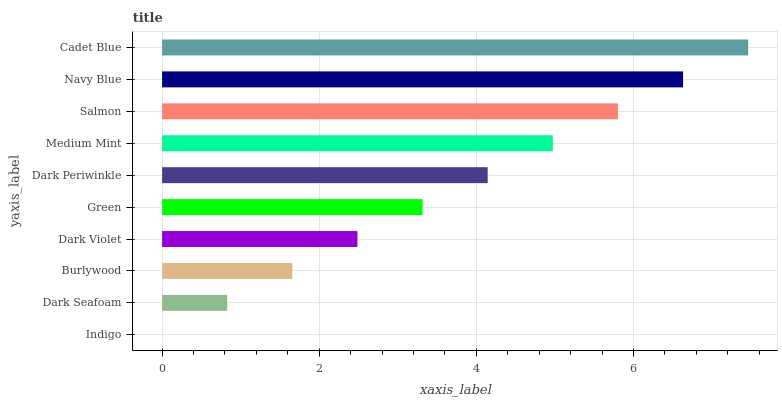
| yaxis_label | bars |
 | --- | --- |
 | Indigo | 0 |
 | Dark Seafoam | 0.829 |
 | Burlywood | 1.66 |
 | Dark Violet | 2.49 |
 | Green | 3.32 |
 | Dark Periwinkle | 4.14 |
 | Medium Mint | 4.97 |
 | Salmon | 5.8 |
 | Navy Blue | 6.63 |
 | Cadet Blue | 7.46 |